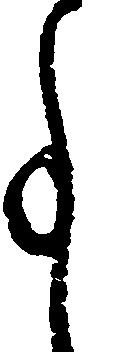
事